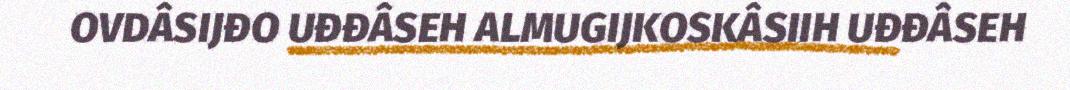
OVDÂSIJĐO UĐĐÂSEH ALMUGIJKOSKÂSIIH UĐĐÂSEH